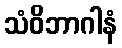
သံဝိဘာဂါနံ